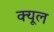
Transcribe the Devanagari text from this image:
क्यूल